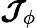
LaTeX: \boldsymbol{\mathcal{J}}_{\phi}